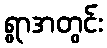
ရွာအတွင်း